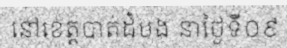
នៅខេត្តបាត់ដំបង នាថ្ងៃទី០៩